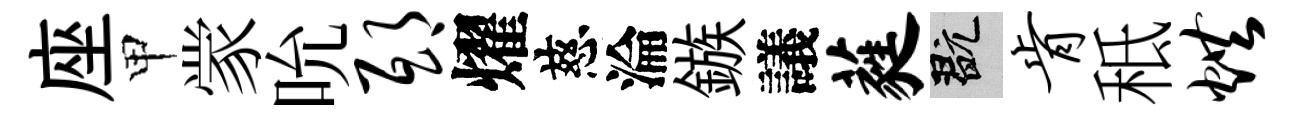
座甲䝉吮邸燿慈淪鏃議蕤玩肯秪烘